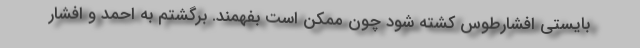
بایستی افشارطوس کشته شود چون ممکن است بفهمند. برگشتم به احمد و افشار